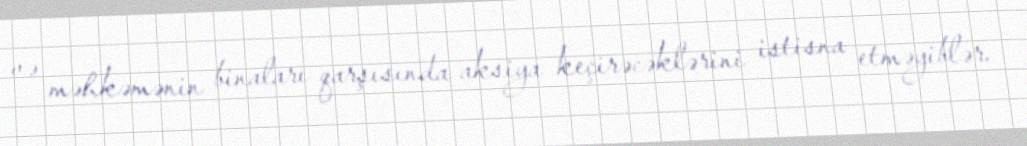
və məhkəmənin binaları qarşısında aksiya keçirəcəklərini istisna etməyiblər.